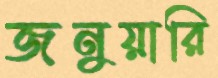
জনুয়ারি